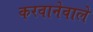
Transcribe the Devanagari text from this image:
करवानेवाले